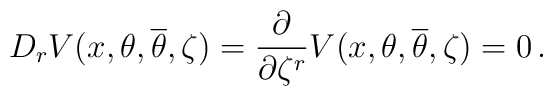
D_{r} V(x,\theta,{\overline \theta}, \zeta) = 	\frac{\partial}{\partial \zeta^{r}} 	V(x,\theta,{\overline \theta}, \zeta) = 0 \, .